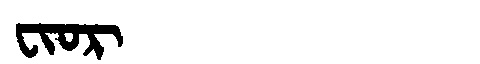
Manchu: ᠸᡳᠣᡵ
Romanization: FIOR